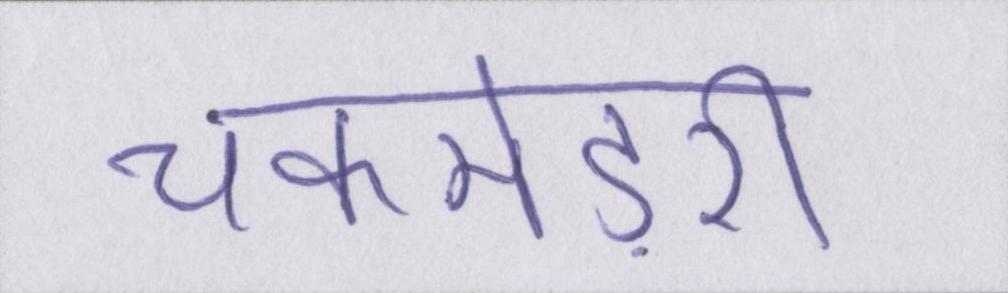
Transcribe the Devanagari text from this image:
चकमेड़री